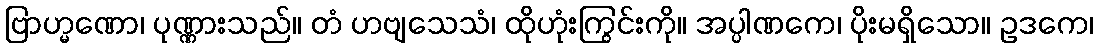
ဗြာဟ္မဏော၊ ပုဏ္ဏားသည်။ တံ ဟဗျသေသံ၊ ထိုဟုံးကြွင်းကို။ အပ္ပါဏကေ၊ ပိုးမရှိသော။ ဥဒကေ၊